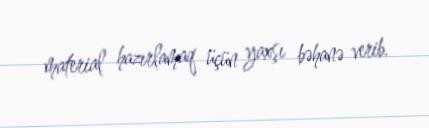
material hazırlamaq üçün yaxşı bəhanə verib.